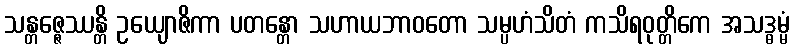
သန္တဇ္ဇေဿန္တိ ဥယျောဇိကာ ပတန္တော သဟာယဘာဝတော သမ္ပဟံသိတံ ကသိရဝုတ္တိကေ အသဒ္ဓမ္မံ